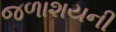
જળાશયની